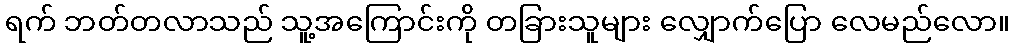
ရက် ဘတ်တလာသည် သူ့အကြောင်းကို တခြားသူများ လျှောက်ပြော လေမည်လော။